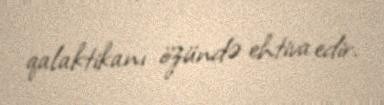
qalaktikanı özündə ehtiva edir.